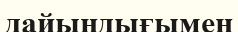
дайындығымен